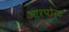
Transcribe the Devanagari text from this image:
आरपोर्ट